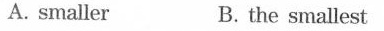
A. smaller B. the smallest